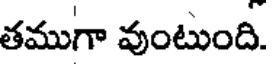
తముగా వుంటుంది.